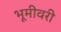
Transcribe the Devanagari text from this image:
भूमीवरी